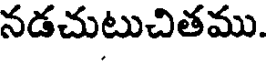
నడచుటుచితము.